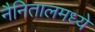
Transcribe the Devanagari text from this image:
नैनितालमध्ये